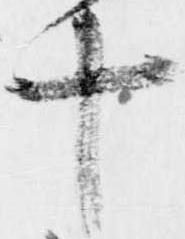
十